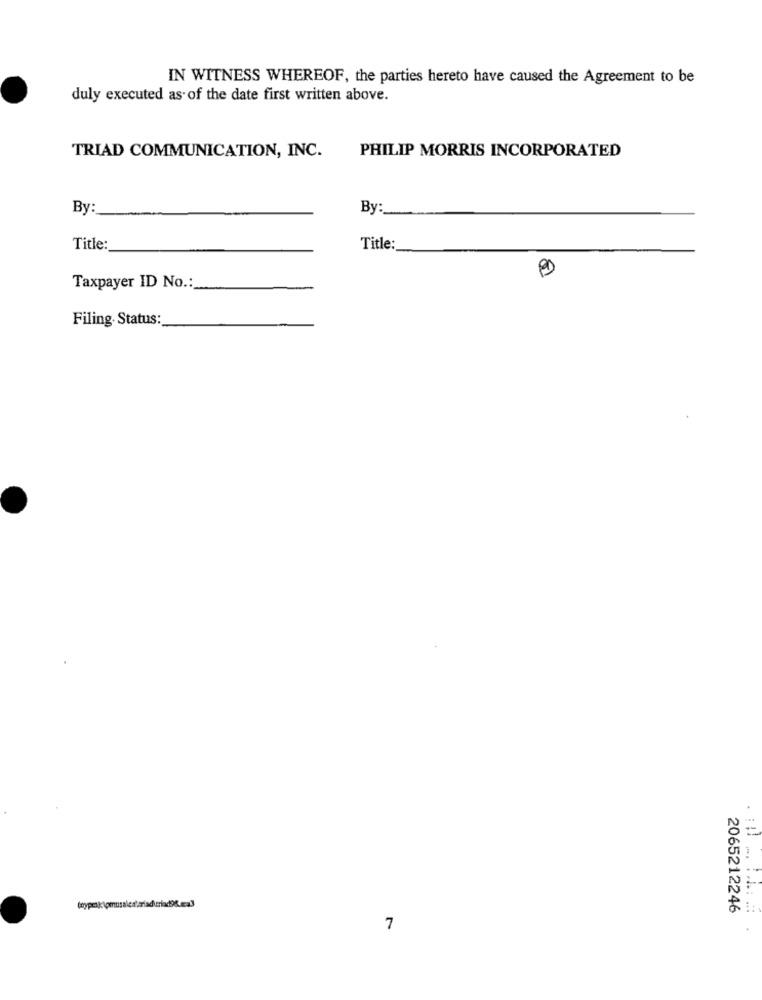
IN WITNESS WHEREOF, the parties hereto have caused the Agreement to be
duly executed as of the date first written above.
PHILIP MORRIS INCORPORATED
TRIAD COMMUNICATION, INC.
By:
By:
Title:
Title:
Taxpayer ID No .:
Filing. Status:
2065212246
7